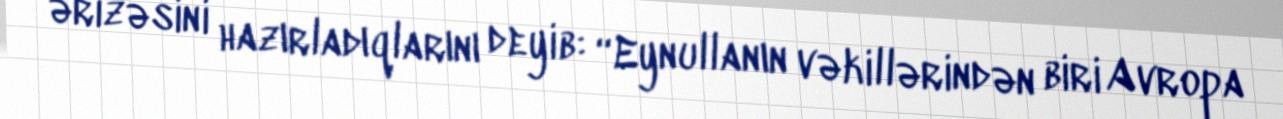
ərizəsini hazırladıqlarını deyib: “Eynullanın vəkillərindən biri Avropa